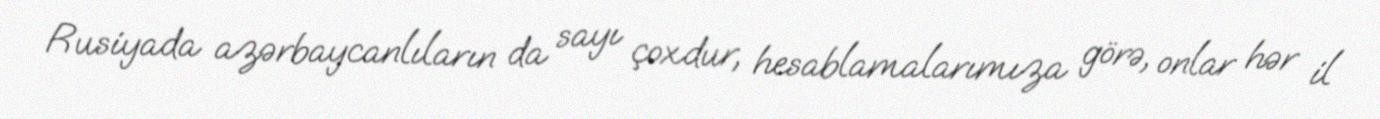
Rusiyada azərbaycanlıların da sayı çoxdur, hesablamalarımıza görə, onlar hər il